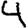
Digit: 4